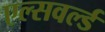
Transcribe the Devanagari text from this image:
एल्सवर्ल्ड